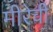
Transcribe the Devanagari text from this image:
मीरेची